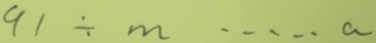
9 1 \div m \cdots a